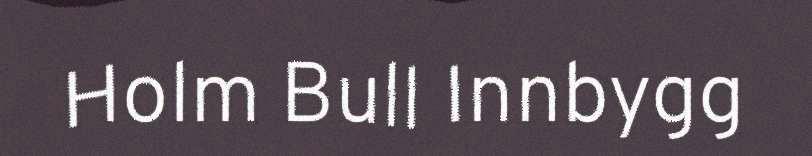
Holm Bull Innbygg